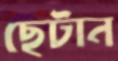
ছেটান